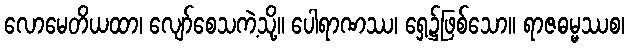
လောမေတိယထာ၊ လျော်စေသကဲ့သို့။ ပေါရာဏဿ၊ ရှေ့၌ဖြစ်သော။ ရာဇဓမ္မဿစ၊